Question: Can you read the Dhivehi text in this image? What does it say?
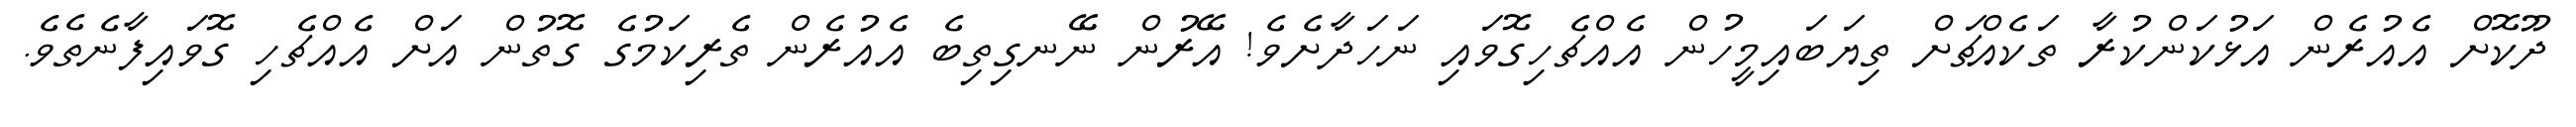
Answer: ދޫކޮށް އެއުރެން އަޅުކަންކުރާ ތަކެއްޗަށް ތިޔަބައިމީހުން އެއްޗެހިގޮވައި ނަހަދާށެވެ! އޭރުން ނޭނގިތިބެ އެއުރެން ތެރިކަމުގެ ގޮތުން އަށް އެއްޗެހި ގޮވައިފާނެތެވެ.